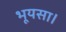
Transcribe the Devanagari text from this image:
भूयसा।